65_HS1-834228961_62-HQ-83894_Section_2
Agency: FBI
Page 16
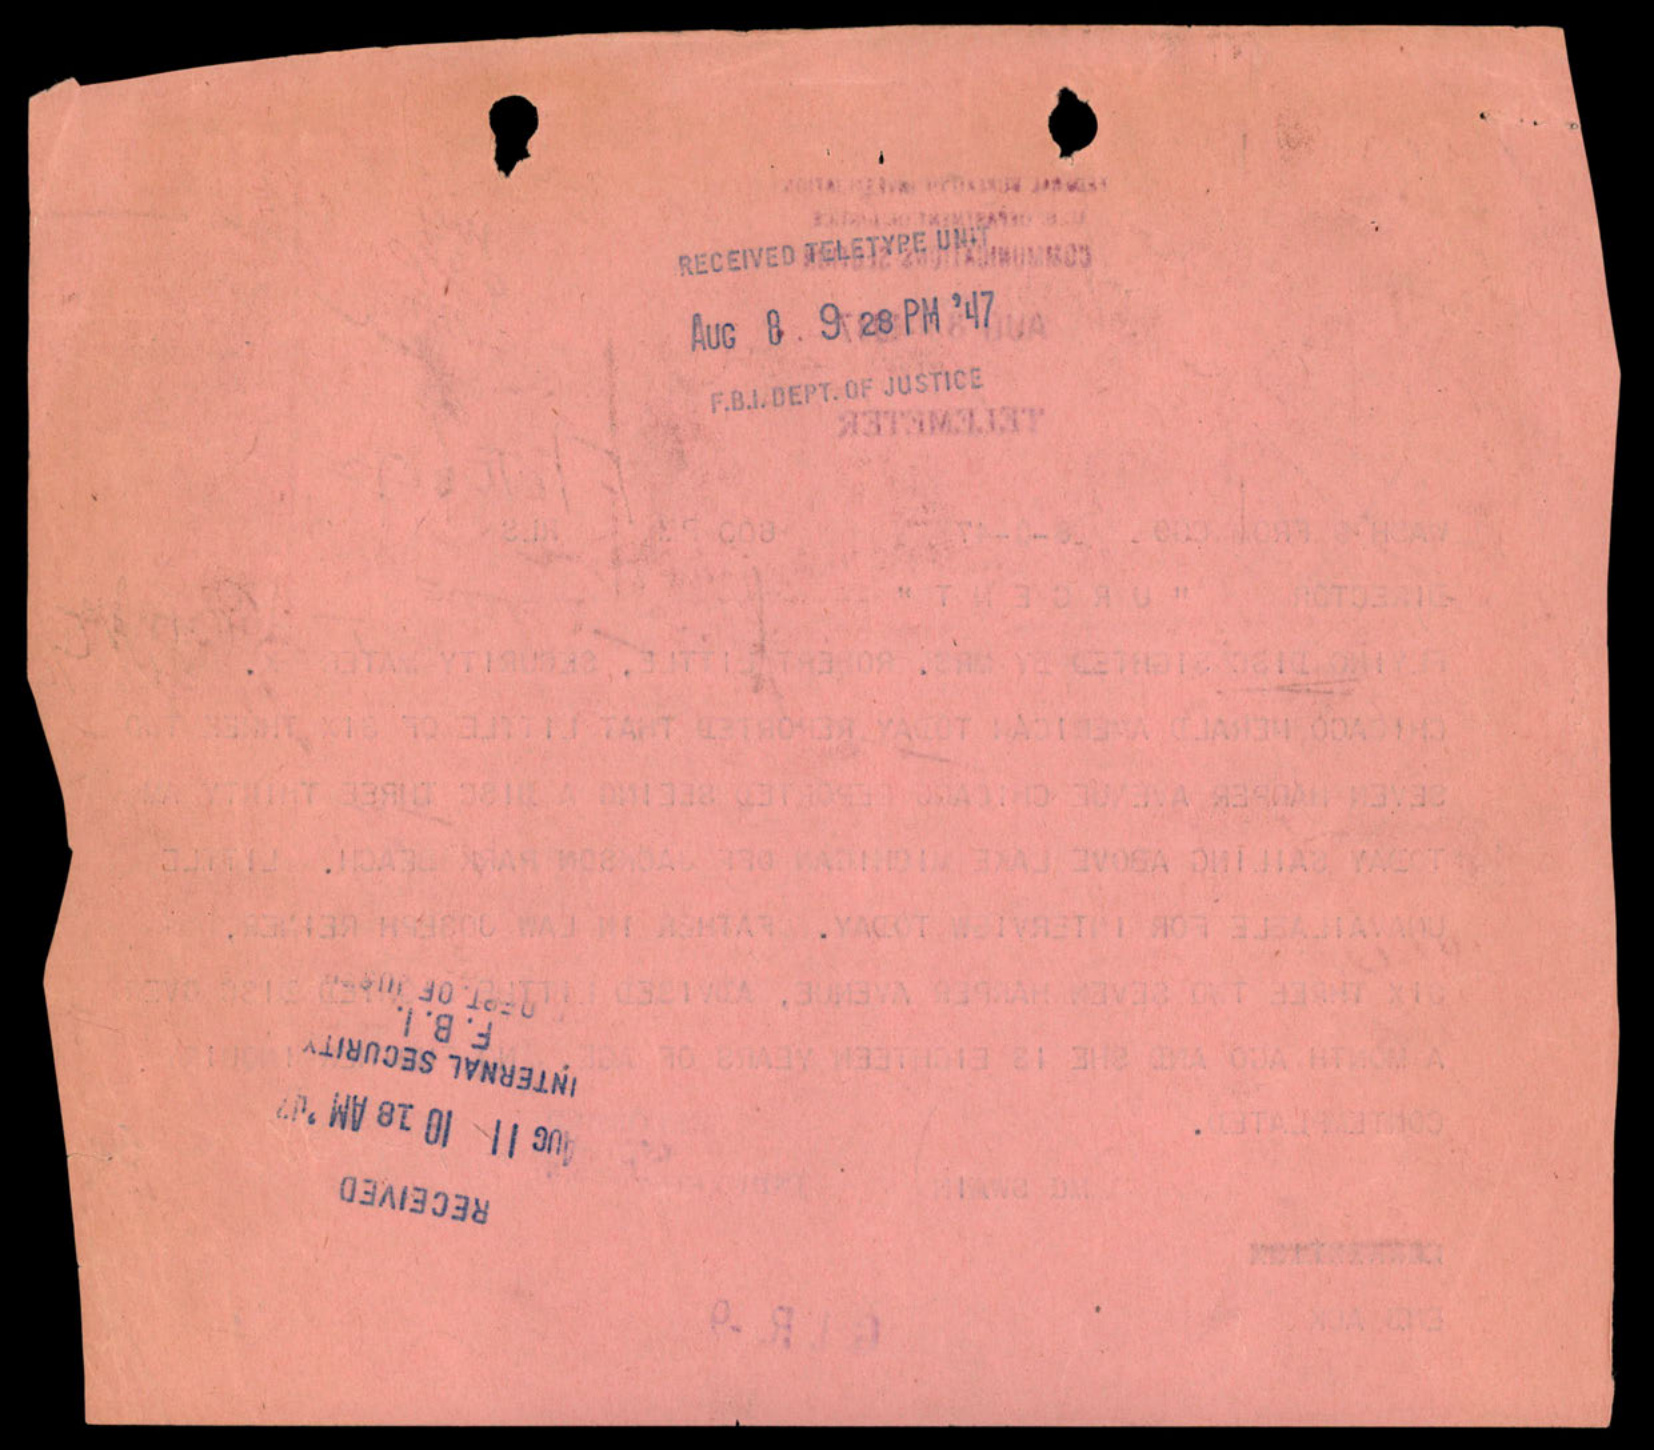